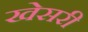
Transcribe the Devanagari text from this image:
खेसरी